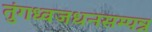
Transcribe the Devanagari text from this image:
तुंगध्वजधनसम्पन्न